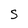
Character: S